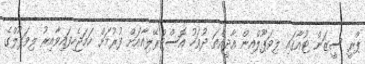
ޕްރީ ސީޒަން ޓުއާގައި ލިވަޕޫލްއިން އާދީއްތަ ދުވަހު އޮސްޓްރޭލިއާއަށް ފުރުމަށް ހަމަޖެހިފައިވާއިރު ލިވަޕޫލްގެ